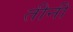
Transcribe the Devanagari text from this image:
तीनी